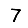
Digit: 7